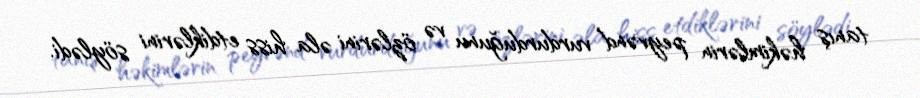
tanış həkimlərin peyvənd vurdurduğunu və özlərini əla hiss etdiklərini söylədi.